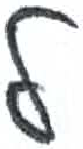
אות: ל